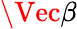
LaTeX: \Vec{\beta}